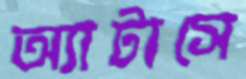
অ্যাটাসে